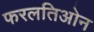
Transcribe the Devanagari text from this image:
फरलतिओन